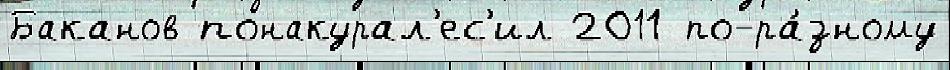
Баканов понакурал'ес'ил 2011 по-ра́зному